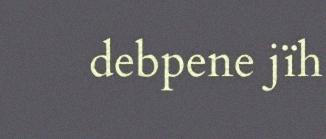
debpene jïh